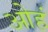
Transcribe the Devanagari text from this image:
ओहं